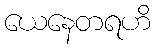
ယေနေတရဟိ